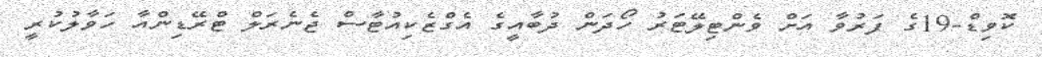
ކޮވިޑް-19ގެ ފަރުވާ އަށް ވެންޓިލޭޓަރު ހޯދަން ދުބާއީގެ އެގްޒެކިއުޓާސް ޖެނެރަލް ޓްރޭޑިންއާ ހަވާލުކުރީ